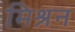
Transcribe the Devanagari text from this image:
मिश्रन